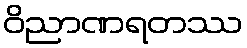
ဝိညာဏရတဿ